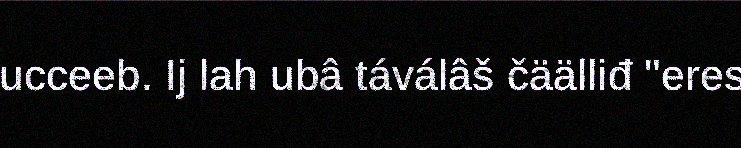
ucceeb. Ij lah ubâ táválâš čäälliđ "eres